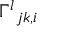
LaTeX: { \Gamma ^ { l } } _ { j k , i }